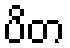
ပိတ